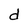
Character: d